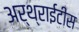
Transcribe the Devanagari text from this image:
अर्थ्राईटीस